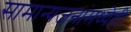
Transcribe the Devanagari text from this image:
सामान्यजनांमध्येही